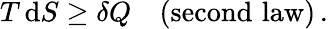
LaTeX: T\, \mathrm{d}S\geq\delta Q\quad\mathrm{{(second\, \, law)}}\, .